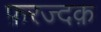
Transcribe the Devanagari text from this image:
फ़रज्दक़